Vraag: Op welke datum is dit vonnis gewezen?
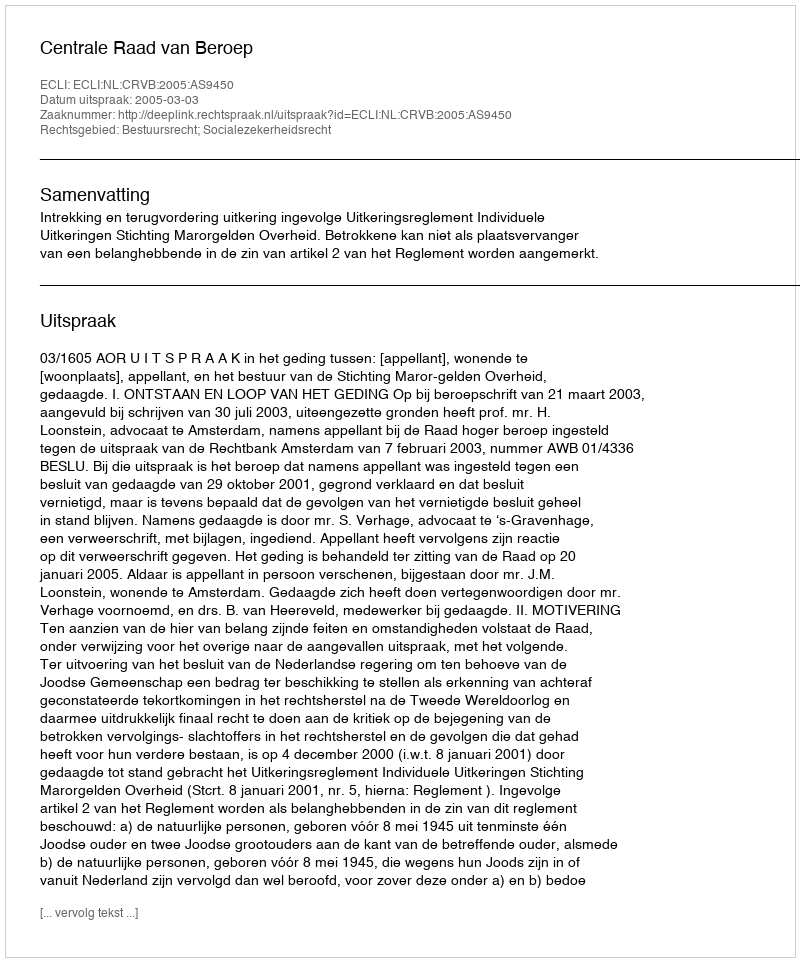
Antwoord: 2005-03-03